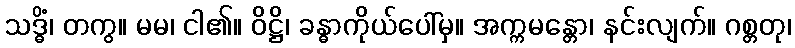
သဒ္ဓိံ၊ တကွ။ မမ၊ ငါ၏။ ဝိဋ္ဌိ၊ ခန္ဓာကိုယ်ပေါ်မှ။ အက္ကမန္တော၊ နင်းလျက်။ ဂစ္တတု၊